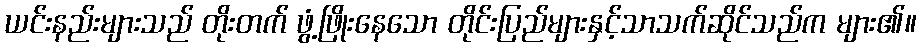
ယင်းနည်းများသည် တိုးတက် ဖွံ့ဖြိုးနေသော တိုင်းပြည်များနှင့်သာသက်ဆိုင်သည်က များ၏။